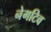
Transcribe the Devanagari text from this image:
नेगटिव